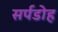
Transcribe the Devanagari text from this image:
सर्पडोह